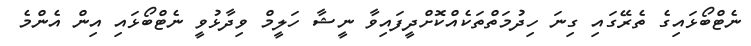
ނެޓްބޯޅައިގެ ތެރޭގައި ގިނަ ހިދުމަތްތަކެއްކޮށްދީފައިވާ ނީޝާ ހަލީމް ވިދާޅުވީ ނެޓްބޯޅައި އިން އެންމެ